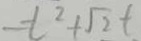
- t ^ { 2 } + \sqrt { 2 } t